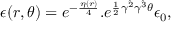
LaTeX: \epsilon ( r , \theta ) = e ^ { - { \frac { \eta ( r ) } { 4 } } } . e ^ { { \frac { 1 } { 2 } } \gamma ^ { \hat { 2 } } \gamma ^ { \hat { 3 } } \theta } \epsilon _ { 0 } ,